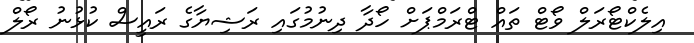
އިލެކްޓޯރަލް ވޯޓް ތައް ޓްރަމްޕަށް ހޯދާ ދިނުމުގައި ރަޝިޔާގެ ރައީސް ކުޅުނު ރޯލް